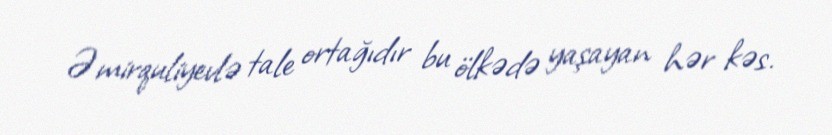
Əmirquliyevlə tale ortağıdır bu ölkədə yaşayan hər kəs.